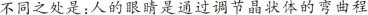
不同之处是：人的眼睛是通过调节晶状体的弯曲程